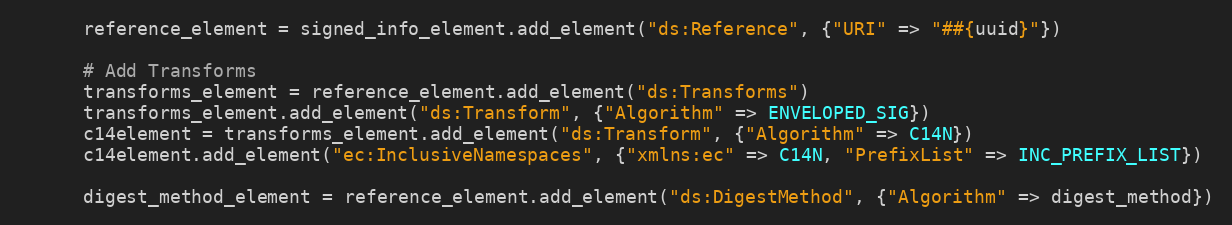
Language: Ruby
      reference_element = signed_info_element.add_element("ds:Reference", {"URI" => "##{uuid}"})

      # Add Transforms
      transforms_element = reference_element.add_element("ds:Transforms")
      transforms_element.add_element("ds:Transform", {"Algorithm" => ENVELOPED_SIG})
      c14element = transforms_element.add_element("ds:Transform", {"Algorithm" => C14N})
      c14element.add_element("ec:InclusiveNamespaces", {"xmlns:ec" => C14N, "PrefixList" => INC_PREFIX_LIST})

      digest_method_element = reference_element.add_element("ds:DigestMethod", {"Algorithm" => digest_method})